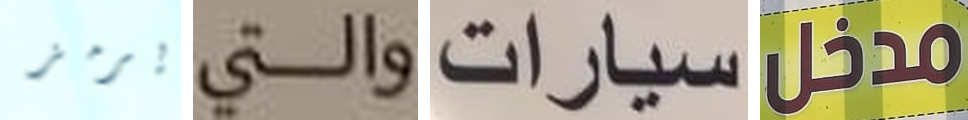
يرمز والتي سيارات مدخل